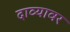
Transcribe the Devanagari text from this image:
दाव्यावर